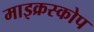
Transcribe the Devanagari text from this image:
माइक्रस्कोप